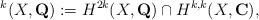
LaTeX: \begin{align*}^k(X,\mathbf{Q}):=H^{2k}(X,\mathbf{Q})\cap H^{k,k}(X,\mathbf{C}),\end{align*}